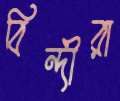
বিন্দীরা